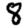
Digit: 8